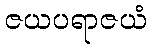
ဇယပရာဇယံ